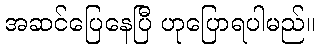
အဆင်ပြေနေပြီ ဟုပြောရပါမည်။